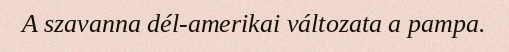
A szavanna dél-amerikai változata a pampa.